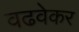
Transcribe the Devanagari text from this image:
वढवेकर